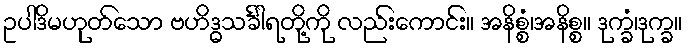
ဥပါဒိမဟုတ်သော ဗဟိဒ္ဓသင်္ခါရတို့ကို လည်းကောင်း။ အနိစ္စံ၊အနိစ္စ။ ဒုက္ခံ၊ဒုက္ခ။